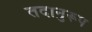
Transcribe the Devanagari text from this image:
तदानुरूप